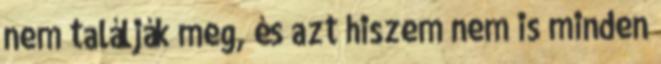
nem találják meg, és azt hiszem nem is minden